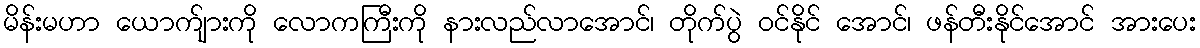
မိန်းမဟာ ယောက်ျားကို လောကကြီးကို နားလည်လာအောင်၊ တိုက်ပွဲ ဝင်နိုင် အောင်၊ ဖန်တီးနိုင်အောင် အားပေး